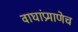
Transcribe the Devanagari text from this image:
वाघांप्रमाणेच